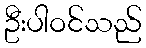
ဦးပါဝင်သည်